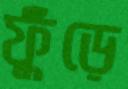
ফুঁড়ে